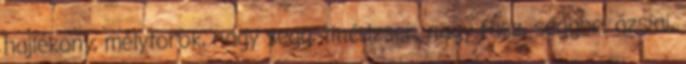
hajlékony, mélytorok, nagy segg, tinédzser, nagy fasz, seggbe, ázsiai,